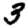
Digit: 3